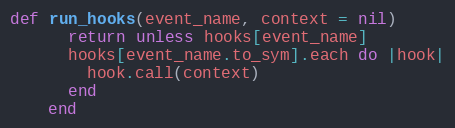
Language: Ruby
def run_hooks(event_name, context = nil)
      return unless hooks[event_name]
      hooks[event_name.to_sym].each do |hook|
        hook.call(context)
      end
    end